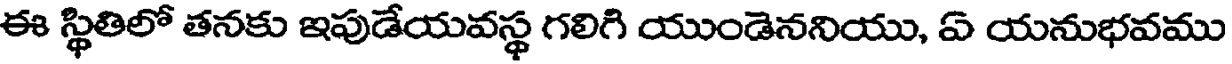
ఈ స్థితిలో తనకు ఇపుడేయవస్థ గలిగి యుండెననియు, ఏ యనుభవము